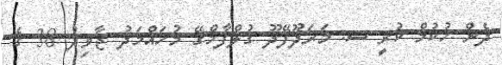
ދެން ހުކުމް ކުރީ ސ. މަރަދޫފޭދޫ ގުލްފާމްގޭ މުހައްމަދު ޖާވިދު 38 ގެ